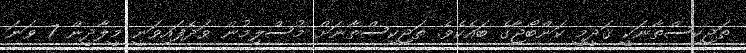
ތަޖިކިސްތާނަކީ ޤަދީމީ ކަންބޯޖާގެ ބައެކެވެ. ތަޖިކިސްތާނަށް މުސްލިމުން ވަދެފައިވަނީ މީލާދީން 7 ވަނަ